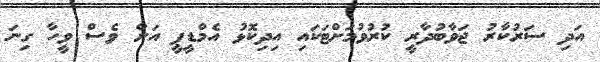
އަދި ސަރުކާރު ޖަވާބުދާރީ ކުރުވުމަށްޓަކައި އިދިކޮޅު އެމްޑީޕީ އަށް ވެސް ވީހާ ގިނަ